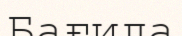
Бағила